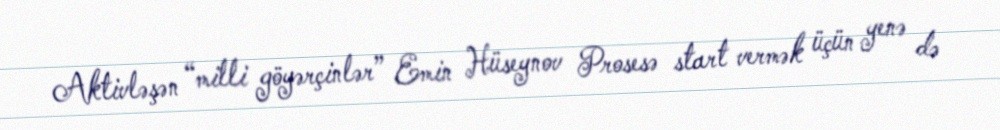
Aktivləşən “milli göyərçinlər” Emin Hüseynov Prosesə start vermək üçün yenə də